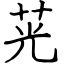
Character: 茪